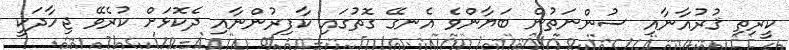
ކީރިތި ޤުރުއާނާއި ސުންނަތުން ބަޔާންވެ އެނގޭ ގޮތުގައި ކާފިރުންނާއި ދެކޮޅަށް ކުރެވޭ ޖިހާދަކީ